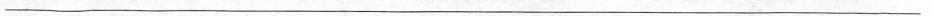
___